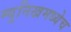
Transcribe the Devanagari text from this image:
म्युनिखमध्येच